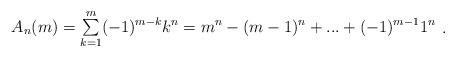
LaTeX: \begin{align*}\begin{array}{c}A_n(m)=\sum\limits_{k=1}^{m}(-1)^ {m-k}k^n=m^n-(m-1)^n+...+(-1)^ {m-1}1^n\end{array}.\end{align*}